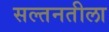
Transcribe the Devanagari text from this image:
सल्तनतीला